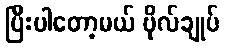
ပြီးပါတော့မယ် ဗိုလ်ချုပ်